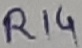
Text: R14